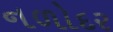
નળોદર